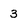
Character: 3